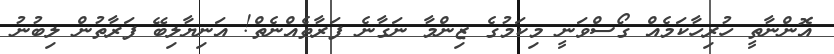
އޮންނާތީ ހުރިހާކަމެއް ގޯސްވަނީ މިކަމުގެ ޒިންމާ ނަގާނެ ފަރާތެއްނެތް! އަނިޔާލިބޭ ފަރާތުން ލިބުނު